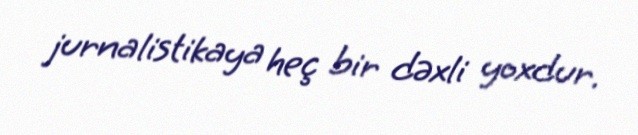
jurnalistikaya heç bir dəxli yoxdur.